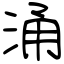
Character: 涌